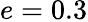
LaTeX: e=0.3